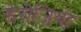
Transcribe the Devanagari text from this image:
डेरोजियो